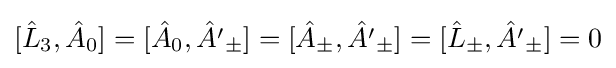
[{\hat {L}}_{3},{\hat {A}}_{0}]=[{\hat {A}}_{0},{\hat {A'}}_{\pm }]=[{\hat {A}}_{\pm },{\hat {A'}}_{\pm }]=[{\hat {L}}_{\pm },{\hat {A'}}_{\pm }]=0